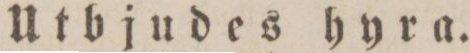
Utbjudes hyra.